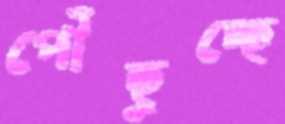
পৌঁছুচ্ছে